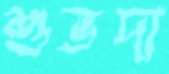
শুভদা